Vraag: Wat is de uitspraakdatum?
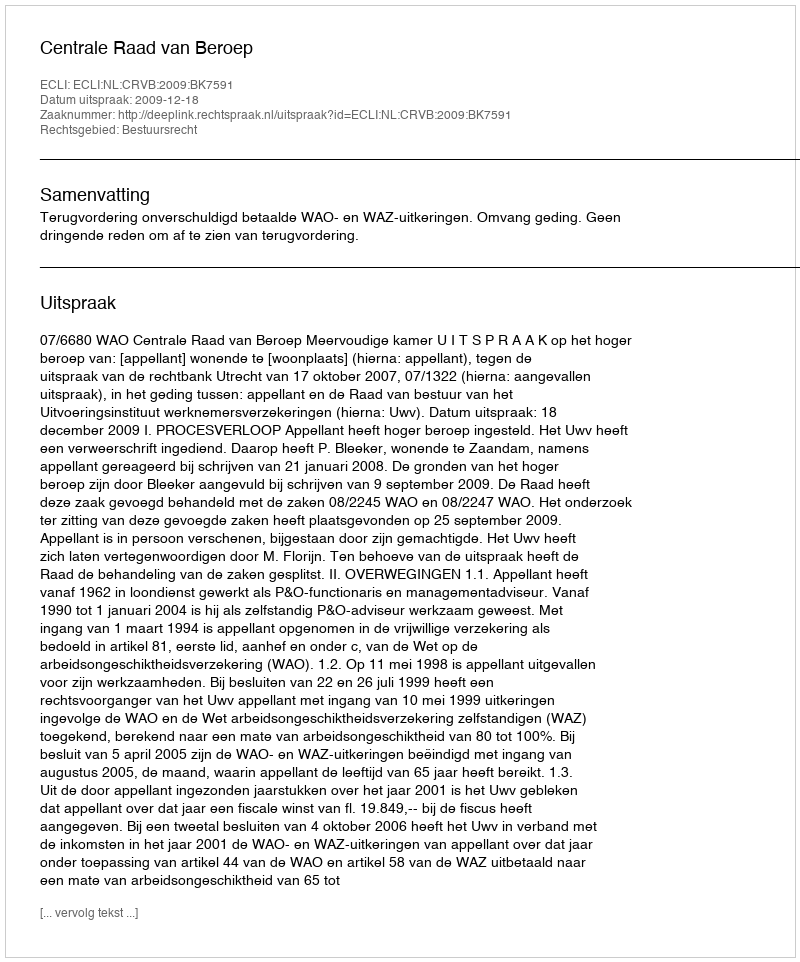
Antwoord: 2009-12-18